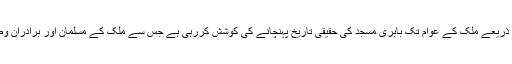
سوشیل ڈیموکریٹک پارٹی آف انڈیا مذکورہ پراگراموں کے ذریعے ملک کے عوام تک بابری مسجد کی حقیقی تاریخ پہنچانے کی کوشش کررہی ہے جس سے ملک کے مسلمان اور برادران وطن بابری مسجد کے تعلق سے سچائی سے آشناس ہوسکیں۔